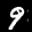
Label: 9